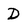
Character: D